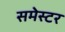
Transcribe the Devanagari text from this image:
समेस्टर